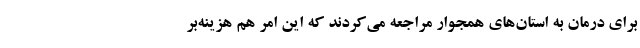
برای درمان به استان‌های همجوار مراجعه می‌کردند که این امر هم هزینه‌بر